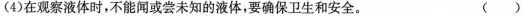
(4)在观察液体时，不能闻或尝未知的液体，要确保卫生和安全。 （）